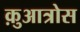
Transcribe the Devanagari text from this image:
क़ुआत्रोस